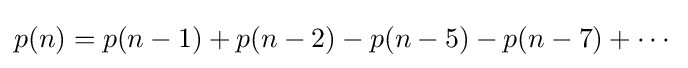
p(n)=p(n-1)+p(n-2)-p(n-5)-p(n-7)+\cdots